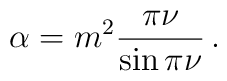
\alpha =m^{2}\frac{\pi \nu }{\sin \pi \nu }\,.